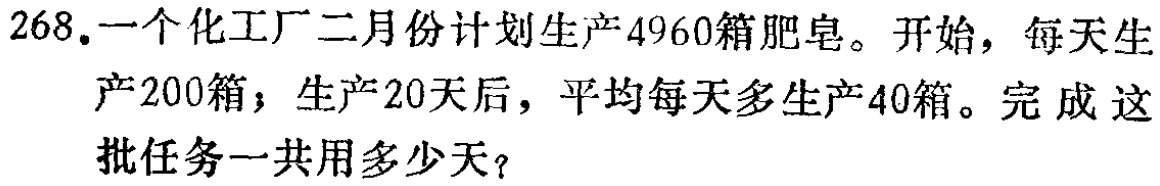
268.一个化工厂二月份计划生产4960箱肥皂。开始，每天生产200箱；生产20天后，平均每天多生产40箱。完成这批任务一共用多少天？